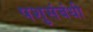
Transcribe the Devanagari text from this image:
पशुसंबंधी